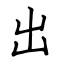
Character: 出